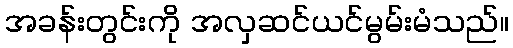
အခန်းတွင်းကို အလှဆင်ယင်မွမ်းမံသည်။